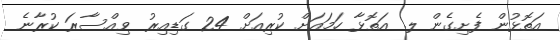
އަތޮޅުން ފެށިގެން ލ. އަތޮޅާ ހަމައަށް ކުރިއަށް 24 ގަޑިއިރު ވިއްސާރަ ކުރާނެ